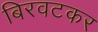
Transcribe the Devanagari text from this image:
बिरवटकर